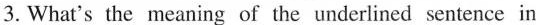
3. What's the meaning of the underlined sentence in